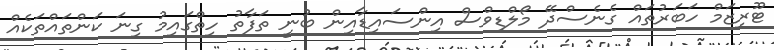
ޓޫރިޒަމް ހަބަރުތައް ގެނެސްދޭ މޯލްޑިވްސް އިންސައިޑާއިން ބުނީ ތަފާތު ހިތްގައިމު ގިނަ ކަންތައްތަކެއް